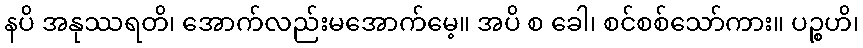
နပိ အနုဿရတိ၊ အောက်လည်းမအောက်မေ့။ အပိ စ ခေါ၊ စင်စစ်သော်ကား။ ပဉ္စဟိ၊